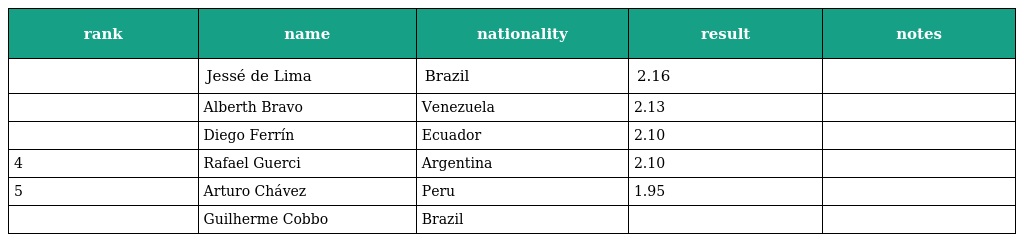
| rank | name | nationality | result | notes |
 | --- | --- | --- | --- | --- |
 |  | Jessé de Lima | Brazil | 2.16 |  |
 |  | Alberth Bravo | Venezuela | 2.13 |  |
 |  | Diego Ferrín | Ecuador | 2.10 |  |
 | 4 | Rafael Guerci | Argentina | 2.10 |  |
 | 5 | Arturo Chávez | Peru | 1.95 |  |
 |  | Guilherme Cobbo | Brazil |  |  |